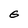
Character: 6